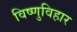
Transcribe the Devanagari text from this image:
विष्णुविहार